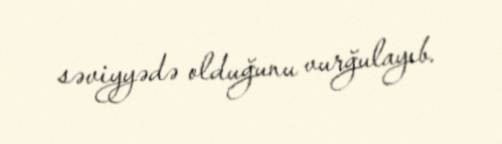
səviyyədə olduğunu vurğulayıb.